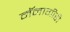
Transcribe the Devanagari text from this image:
मॅनागीरी